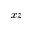
x z